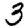
Digit: 3